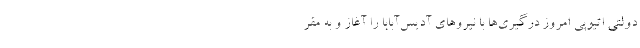
دولتی اتیوپی امروز درگیری‌ها با نیروهای آدیس‌آبابا را آغاز و به مقر